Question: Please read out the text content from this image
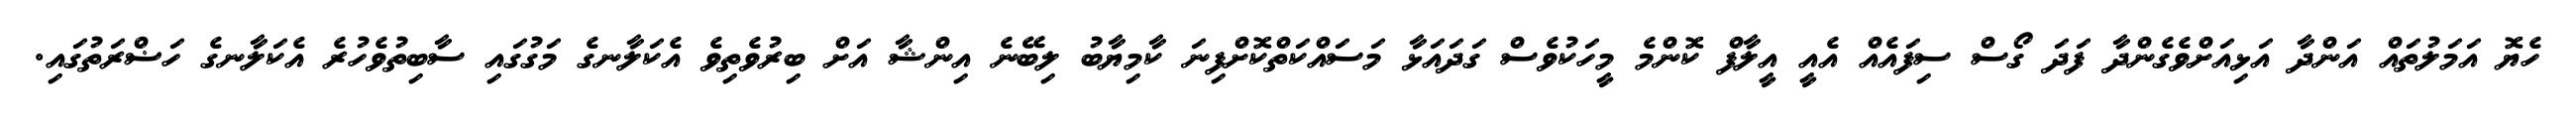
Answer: ހެޔޮ އަމަލުތައް އަންދާ އަޅިއަށްވެގެންދާ ފަދަ ގޯސް ސިފައެއް އެއީ އީލާފް ކޮންމެ މީހަކުވެސް ގަދައަޅާ މަސައްކަތްކޮށްފިނަ ކާމިޔާބު ލިބޭނެ އިންޝާ އަށް ބިރުވެތިވެ އެކަލާނގެ މަގުގައި ސާބިތުވެހުރެ އެކަލާނގެ ހަޟްރަތުގައި.